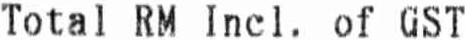
TOTAL RM INCL. OF GST